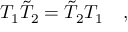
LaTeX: T _ { 1 } \tilde { T } _ { 2 } = \tilde { T } _ { 2 } T _ { 1 } \quad ,